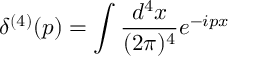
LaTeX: \delta ^ { ( 4 ) } ( p ) = \int \frac { d ^ { 4 } x } { ( 2 \pi ) ^ { 4 } } e ^ { - i p x }